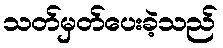
သတ်မှတ်ပေးခဲ့သည်